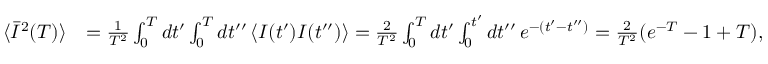
\begin{array} { r l } { \langle \bar { I } ^ { 2 } ( T ) \rangle } & { = \frac { 1 } { T ^ { 2 } } \int _ { 0 } ^ { T } d t ^ { \prime } \int _ { 0 } ^ { T } d t ^ { \prime \prime } \, \langle I ( t ^ { \prime } ) I ( t ^ { \prime \prime } ) \rangle = \frac { 2 } { T ^ { 2 } } \int _ { 0 } ^ { T } d t ^ { \prime } \int _ { 0 } ^ { t ^ { \prime } } d t ^ { \prime \prime } \, e ^ { - ( t ^ { \prime } - t ^ { \prime \prime } ) } = \frac { 2 } { T ^ { 2 } } ( e ^ { - T } - 1 + T ) , } \end{array}